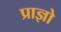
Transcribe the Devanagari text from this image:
प्राज्ञो